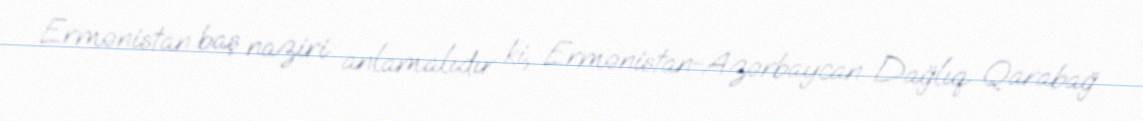
Ermənistan baş naziri anlamalıdır ki, Ermənistan-Azərbaycan Dağlıq Qarabağ